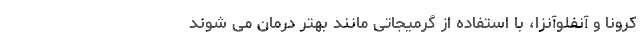
کرونا و آنفلوآنزا، با استفاده از گرمیجاتی مانند بهتر درمان می شوند